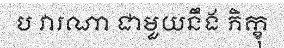
ប វារណា ជាមួយនឹង ភិក្ខុ